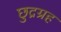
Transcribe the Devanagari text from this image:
छुद्रग्रह